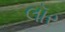
લૉર